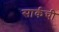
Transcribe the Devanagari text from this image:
सार्कची